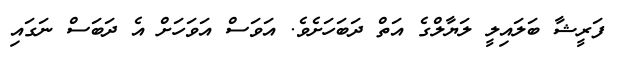
ފަރީޝާ ބަލައިލީ ލަޔާލްގެ އަތް ދަބަހަށެވެ. އަވަސް އަވަހަށް އެ ދަބަސް ނަގައި